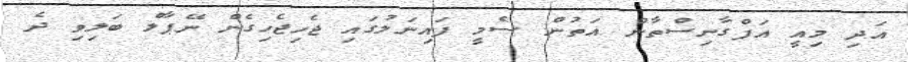
އަދި މިއީ އަފްގާނިސްތާން އަތުން ސެމީ ފައިނަލުގައި ޖެހިޖެހިގެން ނޭޕާލް ބަލިވި ދެ